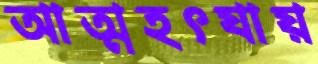
আত্মহৎযায়